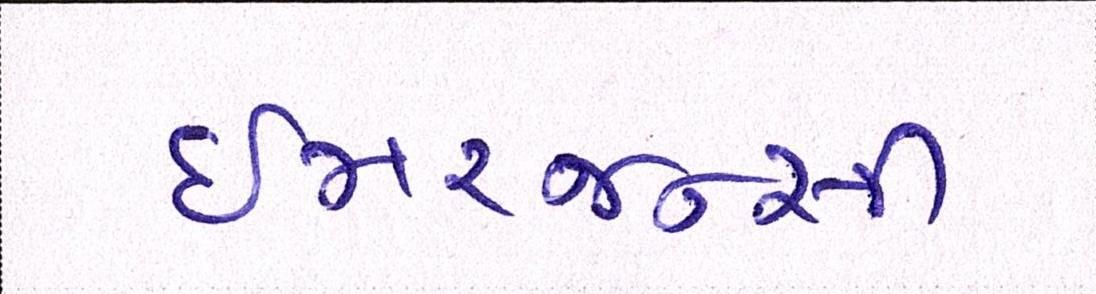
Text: ઇમરજન્સી